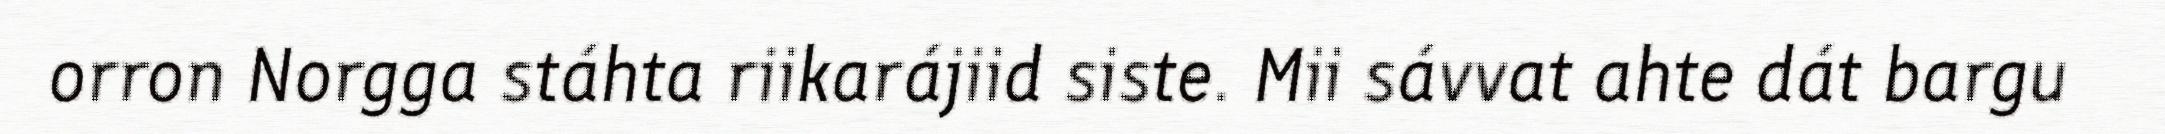
orron Norgga stáhta riikarájiid siste. Mii sávvat ahte dát bargu